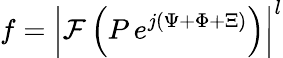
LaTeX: f=\left|{\mathcal{F}\left(P\, e^{j\left({\Psi+\Phi+\Xi}\right)}\right)}\right|^{l}